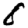
Digit: 8